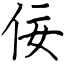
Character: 佞